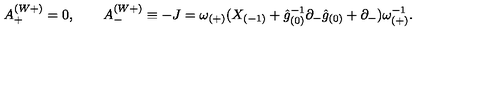
A _ { + } ^ { ( W + ) } = 0 , \qquad A _ { - } ^ { ( W + ) } \equiv - J = \omega _ { ( + ) } ( X _ { ( - 1 ) } + \hat { g } _ { ( 0 ) } ^ { - 1 } \partial _ { - } \hat { g } _ { ( 0 ) } + \partial _ { - } ) \omega _ { ( + ) } ^ { - 1 } .